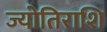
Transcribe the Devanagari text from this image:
ज्योतिराशि